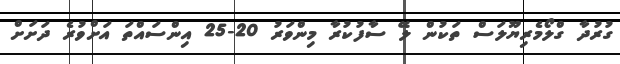
ގުރުދާ ގްލޯމެރިޔޫލަސް ތަކުން ލޭ ސާފުކުރާ މިންވަރު 20-25 އިންސައްތަ އަށްވުރެ ދަށަށް